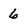
Character: 6